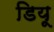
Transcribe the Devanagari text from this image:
डियू